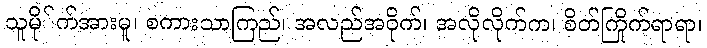
သူမို်က်အားမူ၊ စကားသာကြည်၊ အလည်အဝိုက်၊ အလိုလိုက်က၊ စိတ်ကြိုက်ရာရာ၊